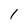
Character: 1